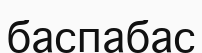
баспабас